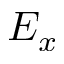
E _ { x }